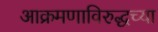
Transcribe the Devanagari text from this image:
आक्रमणाविरुद्धच्या